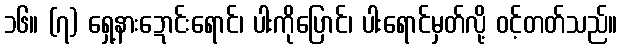
၁၆။ (၇) ရှေ့နားဍောင်းရောင်၊ ပါးကိုပြောင်၊ ပါးရောင်မှတ်လို့ ဝင့်တတ်သည်။